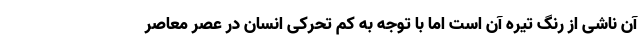
آن ناشی از رنگ تیره آن است اما با توجه به کم تحرکی انسان در عصر معاصر